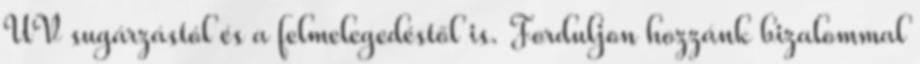
UV sugárzástól és a felmelegedéstől is. Forduljon hozzánk bizalommal